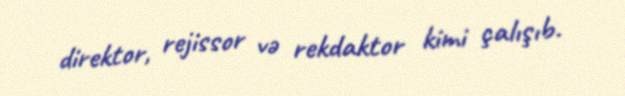
direktor, rejissor və rekdaktor kimi çalışıb.